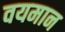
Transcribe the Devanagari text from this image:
वयमान